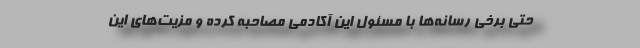
حتی برخی رسانه‌ها با مسئول این آکادمی مصاحبه کرده و مزیت‌های این